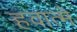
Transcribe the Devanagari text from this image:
हवात्मे